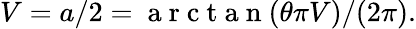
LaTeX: V=a/2=\mathrm{~a~r~c~t~a~n~}(\theta\pi V)/(2\pi).